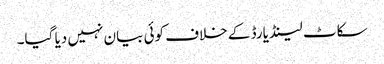
سکاٹ لینڈ یارڈ کے خلاف کوئی بیان نہیں دیا گیا۔